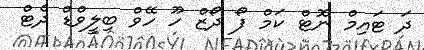
ދަ ޓައިމް ނޮޓް ކަމް ފޯ ދޯޒް ހޫ ހޭވް ބިލީވްޑް ދެޓް